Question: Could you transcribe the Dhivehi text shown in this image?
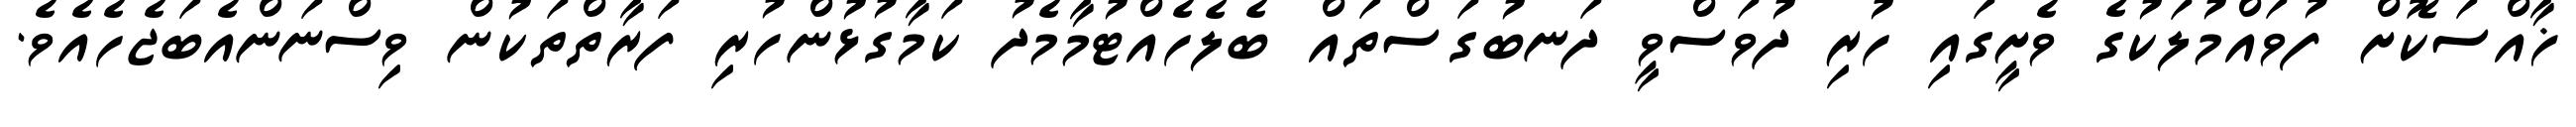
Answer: ޚާއްސަކޮށް ފުވައްމުލަކުގެ ވެށީގައި ހުރި ދުވަސްވީ ދަނބުގަސްތައް ބެލެހެއްޓުމާމެދު ކަމާގުޅުންހުރި ފަރާތްތަކުން ވިސްނަންއެބަޖެހެއެވެ.